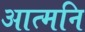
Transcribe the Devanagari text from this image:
आत्मनि